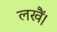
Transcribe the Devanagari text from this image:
लखैं।